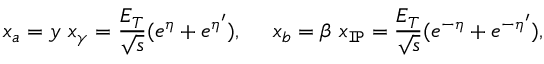
x _ { a } = y \ x _ { \gamma } = \frac { E _ { T } } { \sqrt { s } } ( e ^ { \eta } + e ^ { \eta ^ { \prime } } ) , \ \ \ \ x _ { b } = \beta \ x _ { \tt I \! P } = \frac { E _ { T } } { \sqrt { s } } ( e ^ { - \eta } + e ^ { - \eta ^ { \prime } } ) ,